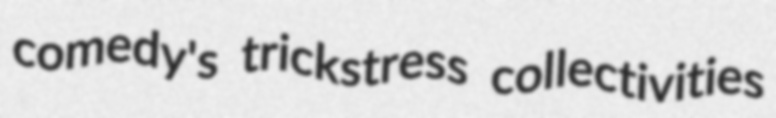
comedy's trickstress collectivities